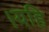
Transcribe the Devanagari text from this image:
।यहि